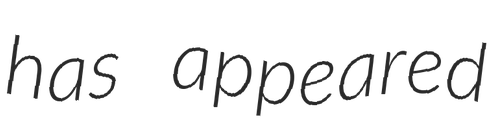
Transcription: has appeared